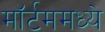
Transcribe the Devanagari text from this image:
मॉर्टममध्ये